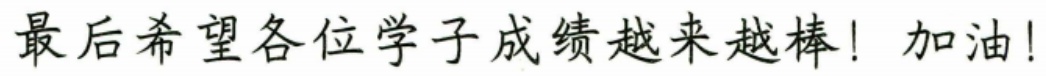
最后希望各位学子成绩越来越棒！加油！